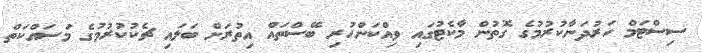
ސިސްޓަމް ހަރުދަނާކުރުމުގެ ގޮތުން މާކެޓުގައި ވިއްކަންހުރި ބޭސްތައް އިތުރަށް ބަލައި ޗެކުކުރުމުގެ މަސައްކަތް